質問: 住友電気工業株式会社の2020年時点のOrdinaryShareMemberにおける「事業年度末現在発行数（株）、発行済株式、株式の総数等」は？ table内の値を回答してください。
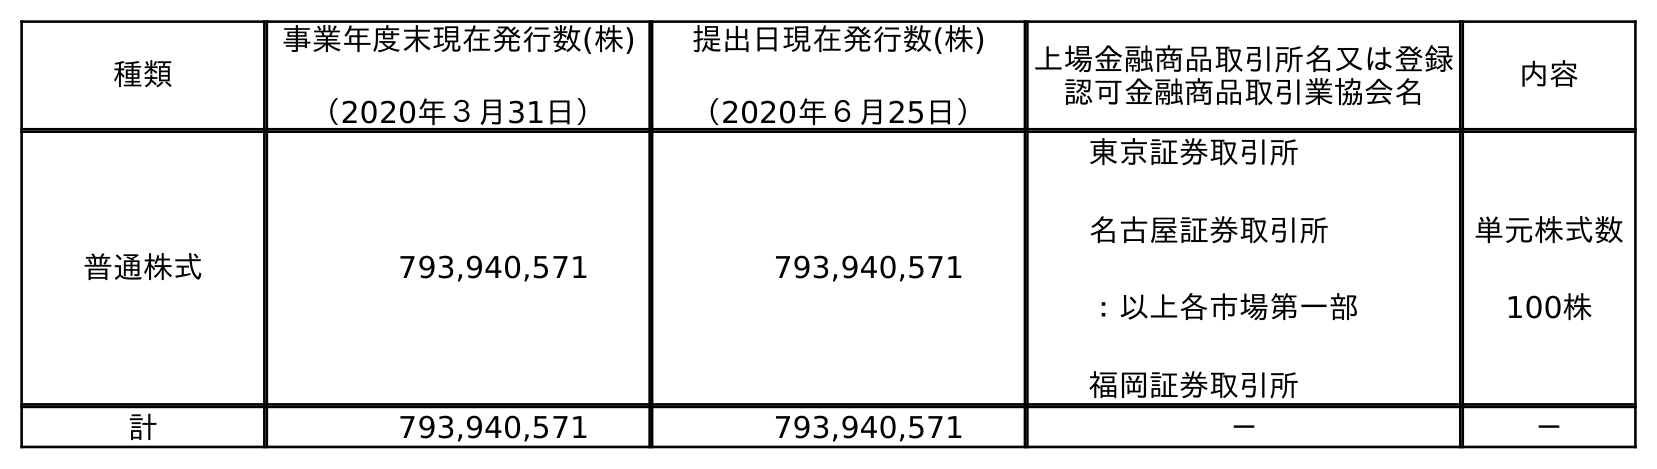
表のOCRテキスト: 種類 事業年度末現在発行数(株) （2020年３月31日） 提出日現在発行数(株) （2020年６月25日） 上場金融商品取引所名又は登録 認可金融商品取引業協会名 内容 普通株式 793,940,571 793,940,571 東京証券取引所 名古屋証券取引所 ：以上各市場第一部 福岡証券取引所 単元株式数 100株 計 793,940,571 793,940,571 － －
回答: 793,940,571